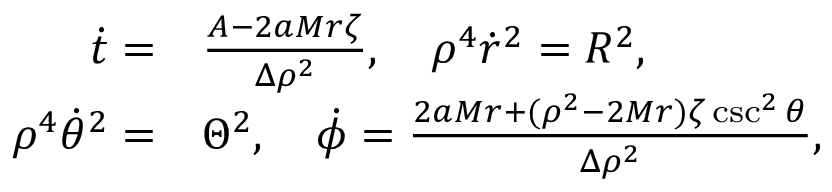
\begin{array} { r l } { \dot { t } = } & { { } \frac { { \cal A } - 2 a M r \zeta } { \Delta \rho ^ { 2 } } , \quad \rho ^ { 4 } \dot { r } ^ { 2 } = { \cal R } ^ { 2 } , } \\ { \rho ^ { 4 } \dot { \theta } ^ { 2 } = } & { { } \Theta ^ { 2 } , \quad \dot { \phi } = \frac { 2 a M r + ( \rho ^ { 2 } - 2 M r ) \zeta \csc ^ { 2 } \theta } { \Delta \rho ^ { 2 } } , } \end{array}